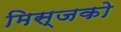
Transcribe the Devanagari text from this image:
मिस्जको